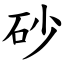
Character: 砂